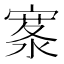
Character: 𪧣